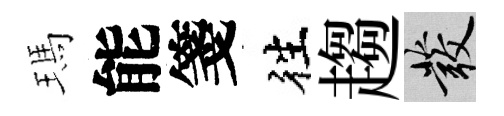
瑪能箋徃趨發